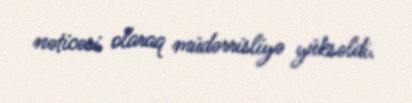
nəticəsi olaraq müdərrisliyə yüksəldi.